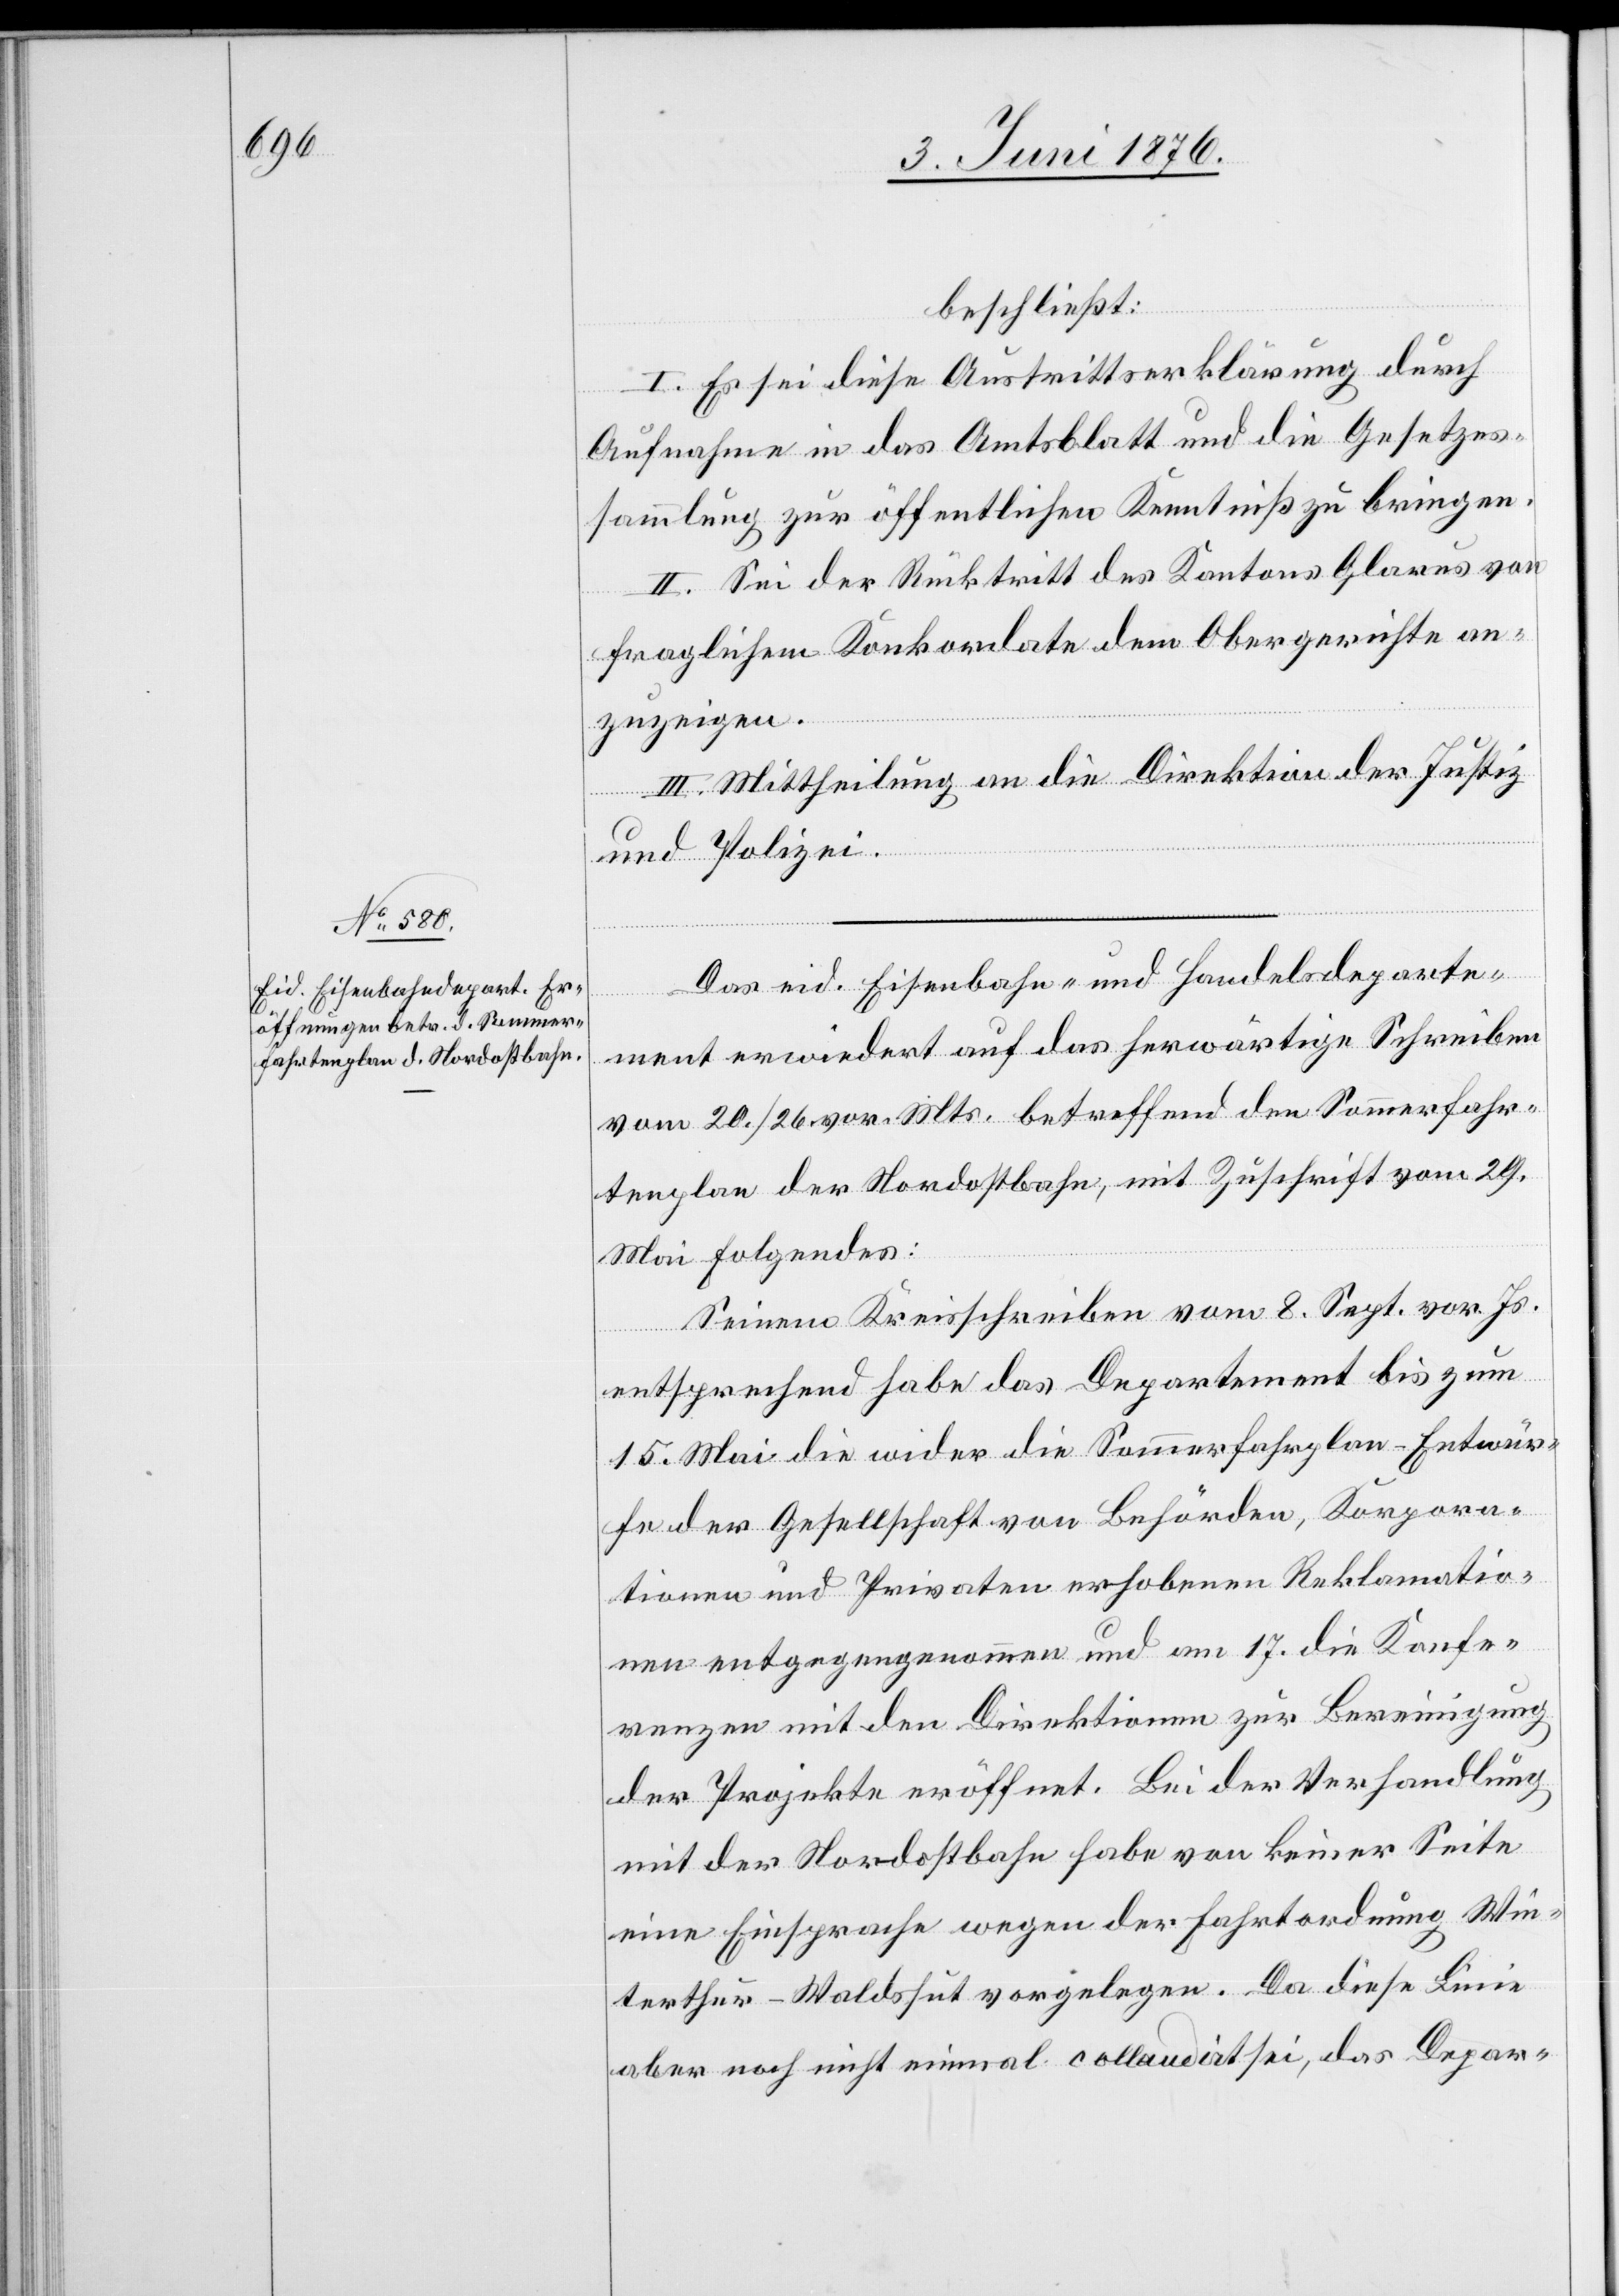
beschließt:
I. Es sei diese Austrittserklärung durch
Aufnahme in das Amtsblatt und die Gesetzes¬
sammlung zur öffentlichen Kenntniß zu bringen.
II. Sei der Rücktritt des Kantons Glarus von
fraglichem Konkordate dem Obergerichte an¬
zuzeigen.
III. Mittheilung an die Direktion der Justiz
und Polizei.
Das eid. Eisenbahn- und Handelsdeparte¬
ment erwiedert auf das herwärtige Schreiben
vom 20./26 vor. Mts. betreffend Sommerfahr¬
tenplan der Nordostbahn, mit Zuschrift vom 29.
Mai Folgendes:
Seinem Kreisschreiben vom 8. Sept. vor. Js.
entsprechend habe das Departement bis zum
15. Mai die wider die Sommerfahrtenplan-Entwür¬
fe der Gesellschaft von Behörden, Korpora¬
tionen und Privaten erhobenen Reklamatio¬
nen entgegengenommen und am 17. die Konfe¬
renzen mit den Direktionen zur Bereinigung
der Projekte eröffnet. Bei der Verhandlung
mit der Nordostbahn habe von keiner Seite
eine Einsprache wegen der Fahrtordnung Win¬
terthur–Waldshut vorgelegen. Da diese Linie
aber noch nicht einmal collaudirt sei, das Depar-